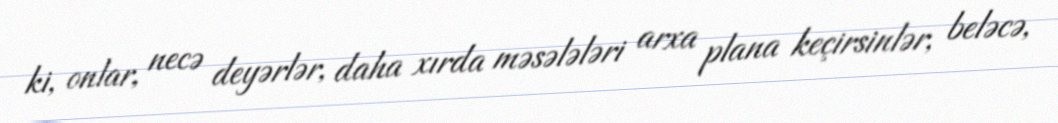
ki, onlar, necə deyərlər, daha xırda məsələləri arxa plana keçirsinlər, beləcə,